Physiological action of certain drugs in tablet form - Number 52A
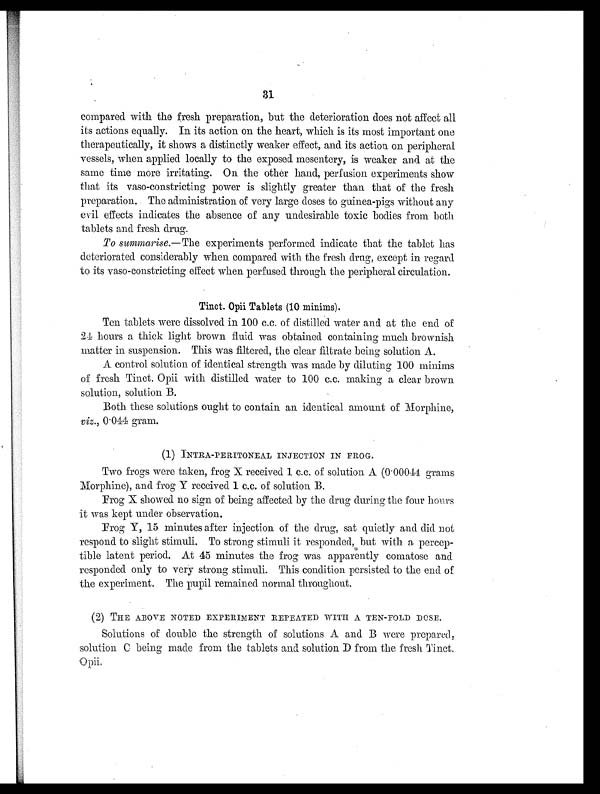
31
compared with the fresh preparation, but the deterioration does not affect all
its actions equally. In its action on the heart, which is its most important one
therapeutically, it shows a distinctly weaker effect, and its action on peripheral
vessels, when applied locally to the exposed mesentery, is weaker and at the
same time more irritating. On the other hand, perfusion experiments show
that its vaso-constricting power is slightly greater than that of the fresh
preparation. The administration of very large doses to guinea-pigs without any
evil effects indicates the absence of any undesirable toxic bodies from both
tablets and fresh drug.
To summarise .—The experiments performed indicate that the tablet has
deteriorated considerably when compared with the fresh drug, except in regard
to its vaso-constricting effect when perfused through the peripheral circulation.
Tinct. Opii Tablets (10 minims).
Ten tablets were dissolved in 100 c.c. of distilled water and at the end of
24 hours a thick light brown fluid was obtained containing much brownish
matter in suspension. This was filtered, the clear filtrate being solution A.
A control solution of identical strength was made by diluting 100 minims
of fresh Tinct. Opii with distilled water to 100 c.c. making a clear brown
solution, solution B.
Both these solutions ought to contain an identical amount of Morphine,
v iz ., 0.044 gram.
(1) INTRA-PERITONEAL INJECTION IN FROG-.
Two frogs were taken, frog X received 1 c.c. of solution A (0.00044 grains
Morphine), and frog Y received 1 c.c. of solution B.
Frog X showed no sign of being affected by the drug during the four hours
it was kept under observation.
Frog Y, 15 minutes after injection of the drug, sat quietly and did not
respond to slight stimuli. To strong stimuli it responded, but with a percep
-tible latent period. At 45 minutes the frog was apparently comatose and
responded only to very strong stimuli. This condition persisted to the end of
the experiment. The pupil remained normal throughout.
(2) THE ABOVE NOTED EXPERIMENT REPEATED WITH A TEN-FOLD DOSE,
Solutions of double the strength of solutions A and B were prepared,
solution C being made from the tablets and solution D from the fresh Tinct,
Opii.